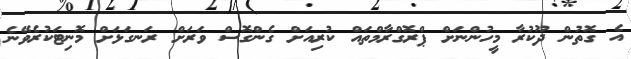
އެ ގޮތުން ދޫކުރާ މީހުންނަށް ޕްރޮގްރާމްތައް ކުރިއަށް ގެންގޮސް ވަރަށް ރަނގަޅަށް މޮނިޓަކުރެވޭނެ